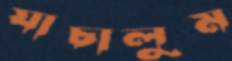
যাচালুম